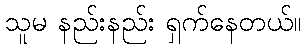
သူမ နည်းနည်း ရှက်နေတယ်။